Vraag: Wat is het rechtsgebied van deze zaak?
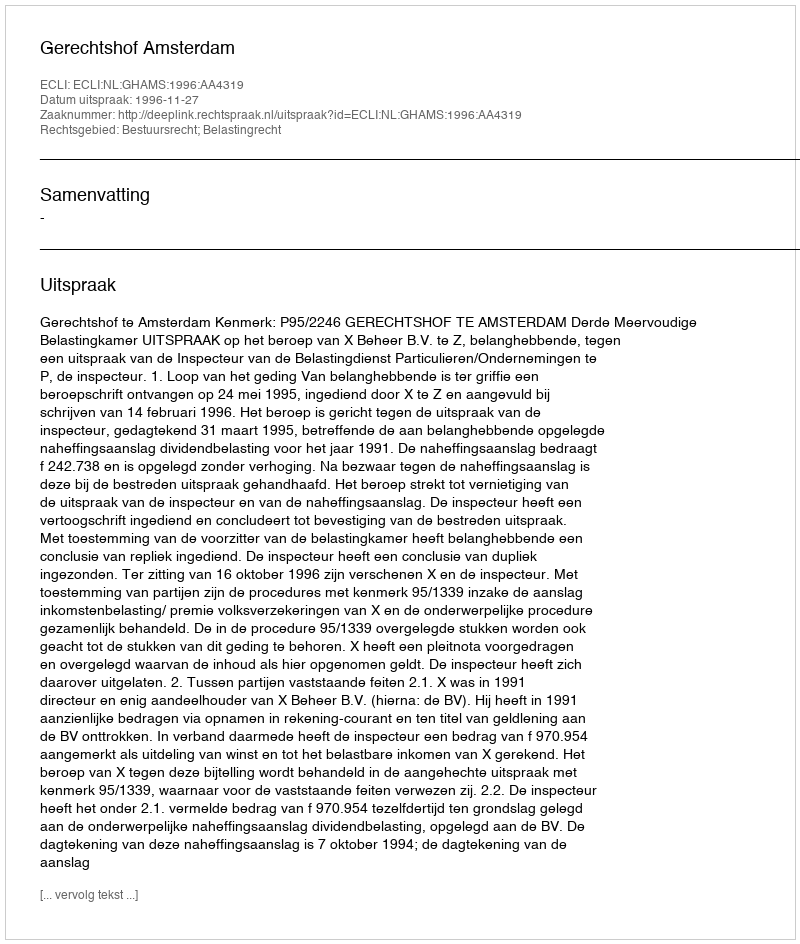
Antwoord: Bestuursrecht; Belastingrecht